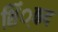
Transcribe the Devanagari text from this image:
शिं्कद